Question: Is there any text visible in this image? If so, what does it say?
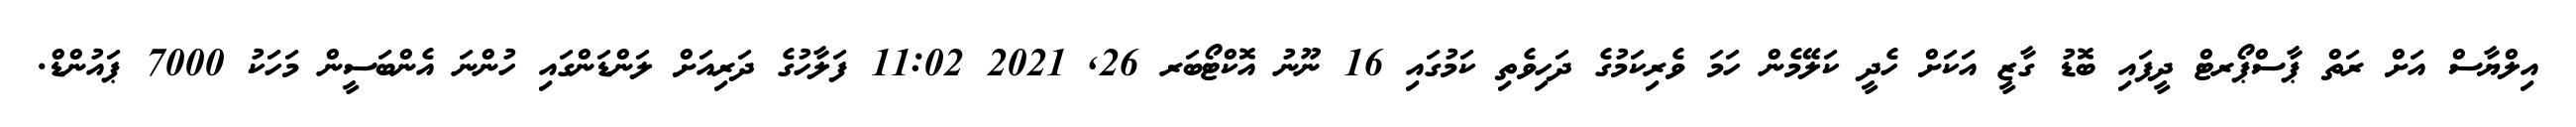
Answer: އިލްޔާސް އަށް ރަތް ޕާސްޕޯރޓް ދީފައި ބޮޑު ގާޒީ އަކަށް ހެދީ ކަލޭމެން ހަމަ ވެރިކަމުގެ ދަހިވެތި ކަމުގައި 16 ނޫނު އޮކްޓޯބަރ 26, 2021 11:02 ފަލާހުގެ ދަރިއަށް ލަންޑަންގައި ހުންނަ އެންބަސީން މަހަކު 7000 ޕައުންޑް.